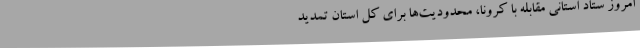
امروز ستاد استانی مقابله با کرونا، محدودیت‌ها برای کل استان تمدید